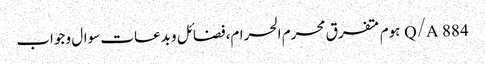
Q/A	884	ہوم متفرق محرم الحرام،فضائل و بدعات سوال و جواب